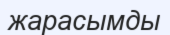
жарасымды